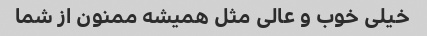
خیلی خوب و عالی مثل همیشه ممنون از شما